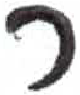
אות: ר